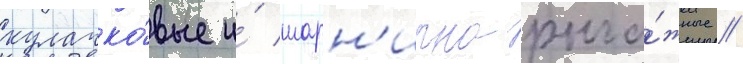
кулачко́вые и́ шарн'ирно-рыча́жные //